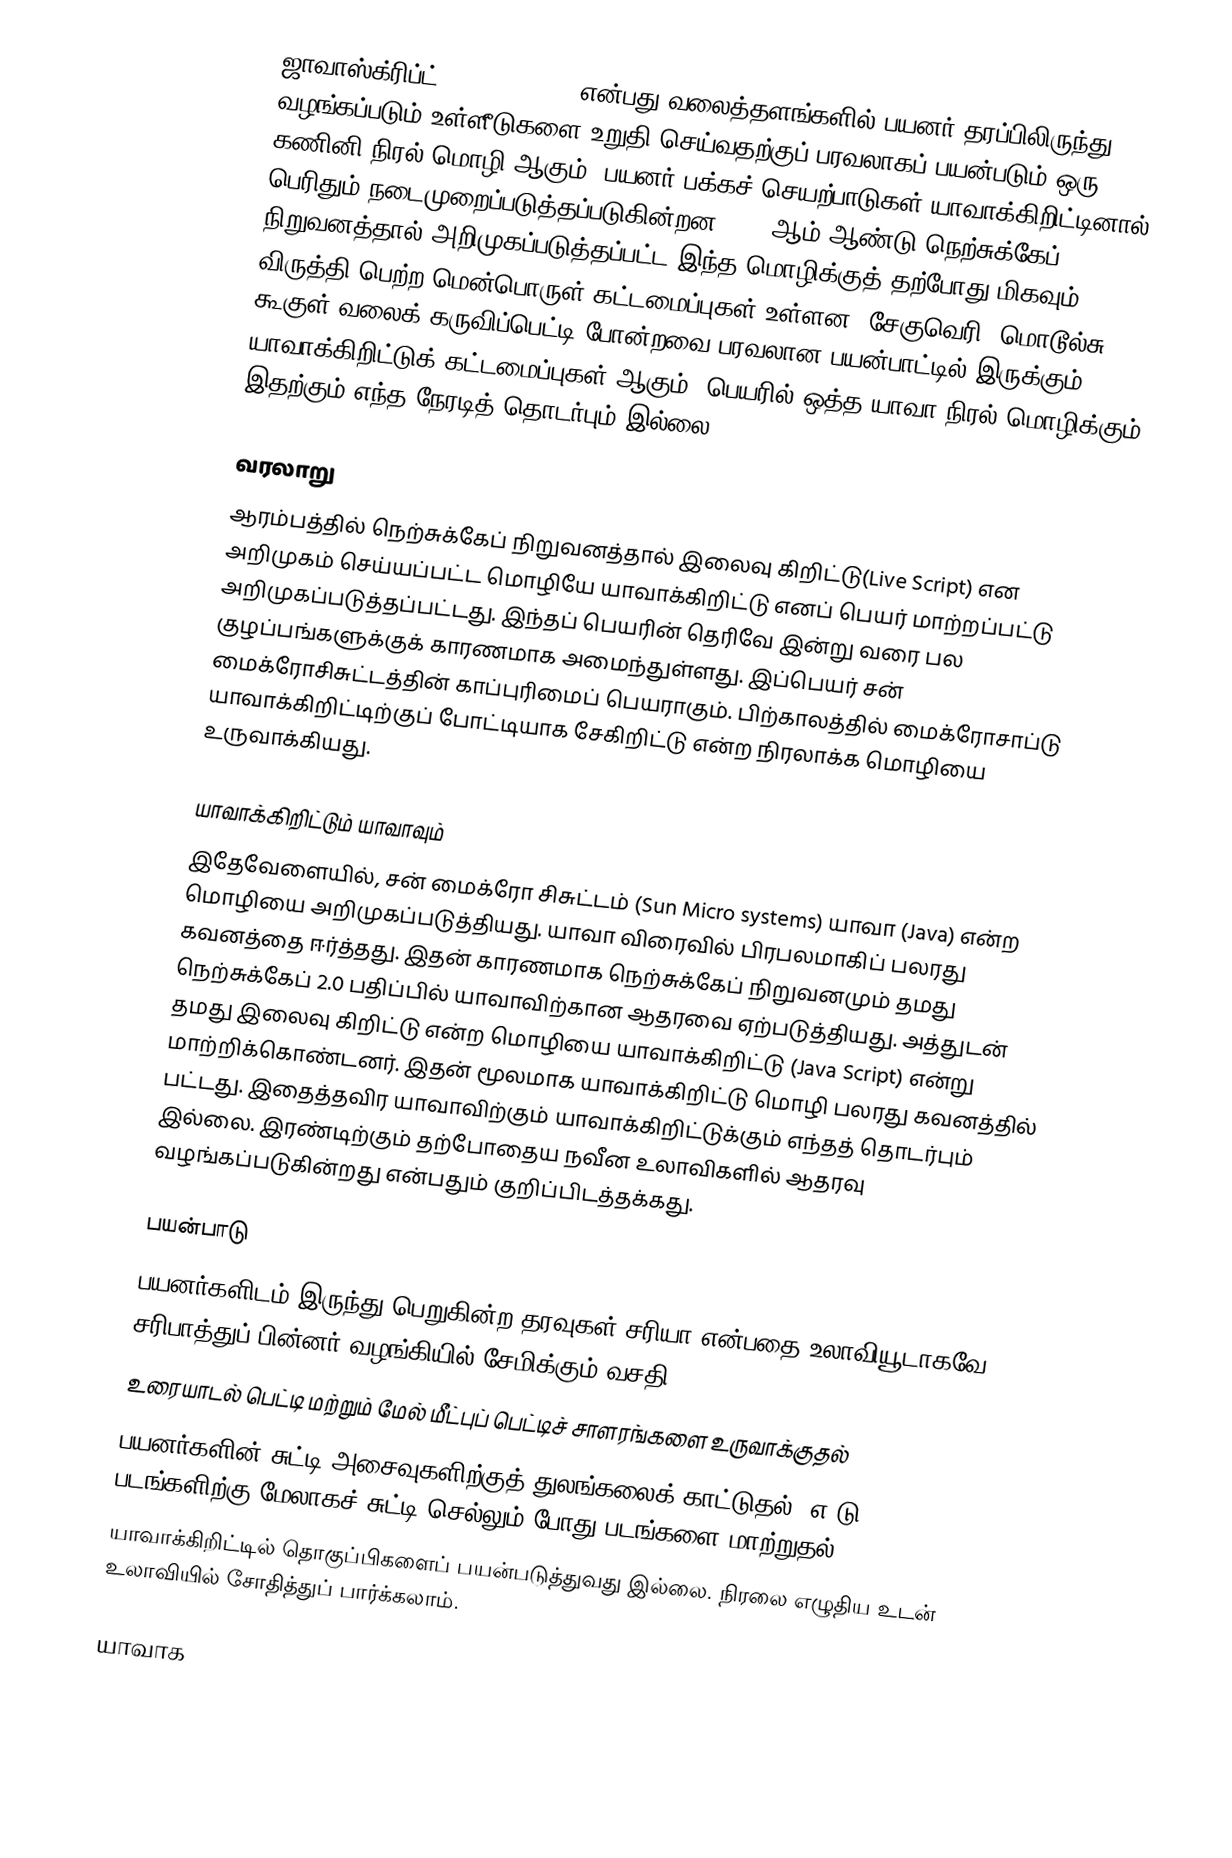
ஜாவாஸ்க்ரிப்ட்  (Java Script) என்பது வலைத்தளங்களில் பயனர் தரப்பிலிருந்து வழங்கப்படும் உள்ளீடுகளை உறுதி செய்வதற்குப் பரவலாகப் பயன்படும் ஒரு கணினி நிரல் மொழி ஆகும். பயனர் பக்கச் செயற்பாடுகள் யாவாக்கிறிட்டினால் பெரிதும் நடைமுறைப்படுத்தப்படுகின்றன. 1995ஆம் ஆண்டு நெற்சுக்கேப் நிறுவனத்தால் அறிமுகப்படுத்தப்பட்ட இந்த மொழிக்குத் தற்போது மிகவும் விருத்தி பெற்ற மென்பொருள் கட்டமைப்புகள் உள்ளன. சேகுவெரி, மொடூல்சு, கூகுள் வலைக் கருவிப்பெட்டி போன்றவை பரவலான பயன்பாட்டில் இருக்கும் யாவாக்கிறிட்டுக் கட்டமைப்புகள் ஆகும். பெயரில் ஒத்த யாவா நிரல் மொழிக்கும் இதற்கும் எந்த நேரடித் தொடர்பும் இல்லை.

வரலாறு
ஆரம்பத்தில் நெற்சுக்கேப் நிறுவனத்தால் இலைவு கிறிட்டு(Live Script) என அறிமுகம் செய்யப்பட்ட மொழியே யாவாக்கிறிட்டு எனப் பெயர் மாற்றப்பட்டு அறிமுகப்படுத்தப்பட்டது. இந்தப் பெயரின் தெரிவே இன்று வரை பல குழப்பங்களுக்குக் காரணமாக அமைந்துள்ளது. இப்பெயர் சன் மைக்ரோசிசுட்டத்தின் காப்புரிமைப் பெயராகும். பிற்காலத்தில் மைக்ரோசாப்டு யாவாக்கிறிட்டிற்குப் போட்டியாக சேகிறிட்டு என்ற நிரலாக்க மொழியை உருவாக்கியது.

யாவாக்கிறிட்டும் யாவாவும்
இதேவேளையில், சன் மைக்ரோ சிசுட்டம் (Sun Micro systems) யாவா (Java) என்ற மொழியை அறிமுகப்படுத்தியது. யாவா விரைவில் பிரபலமாகிப் பலரது கவனத்தை ஈர்த்தது. இதன் காரணமாக நெற்சுக்கேப் நிறுவனமும் தமது நெற்சுக்கேப் 2.0 பதிப்பில் யாவாவிற்கான ஆதரவை ஏற்படுத்தியது. அத்துடன் தமது இலைவு கிறிட்டு என்ற மொழியை யாவாக்கிறிட்டு (Java Script) என்று மாற்றிக்கொண்டனர். இதன் மூலமாக யாவாக்கிறிட்டு மொழி பலரது கவனத்தில் பட்டது. இதைத்தவிர யாவாவிற்கும் யாவாக்கிறிட்டுக்கும் எந்தத் தொடர்பும் இல்லை. இரண்டிற்கும் தற்போதைய நவீன உலாவிகளில் ஆதரவு வழங்கப்படுகின்றது என்பதும் குறிப்பிடத்தக்கது.

பயன்பாடு
 பயனர்களிடம் இருந்து பெறுகின்ற தரவுகள் சரியா என்பதை உலாவியூடாகவே சரிபாத்துப் பின்னர் வழங்கியில் சேமிக்கும் வசதி
 உரையாடல் பெட்டி மற்றும் மேல் மீட்புப் பெட்டிச் சாளரங்களை உருவாக்குதல்
 பயனர்களின் சுட்டி அசைவுகளிற்குத் துலங்கலைக் காட்டுதல். எ-டு: படங்களிற்கு மேலாகச் சுட்டி செல்லும் போது படங்களை மாற்றுதல்
 யாவாக்கிறிட்டில் தொகுப்பிகளைப் பயன்படுத்துவது இல்லை. நிரலை எழுதிய உடன் உலாவியில் சோதித்துப் பார்க்கலாம்.

யாவாக